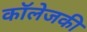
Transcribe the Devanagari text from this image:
कॉलेजकी